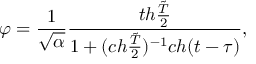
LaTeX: \varphi = { \frac { 1 } { \sqrt { \alpha } } } { \frac { t h { \frac { \tilde { T } } { 2 } } } { 1 + ( c h { \frac { \tilde { T } } { 2 } } ) ^ { - 1 } c h ( t - \tau ) } } ,